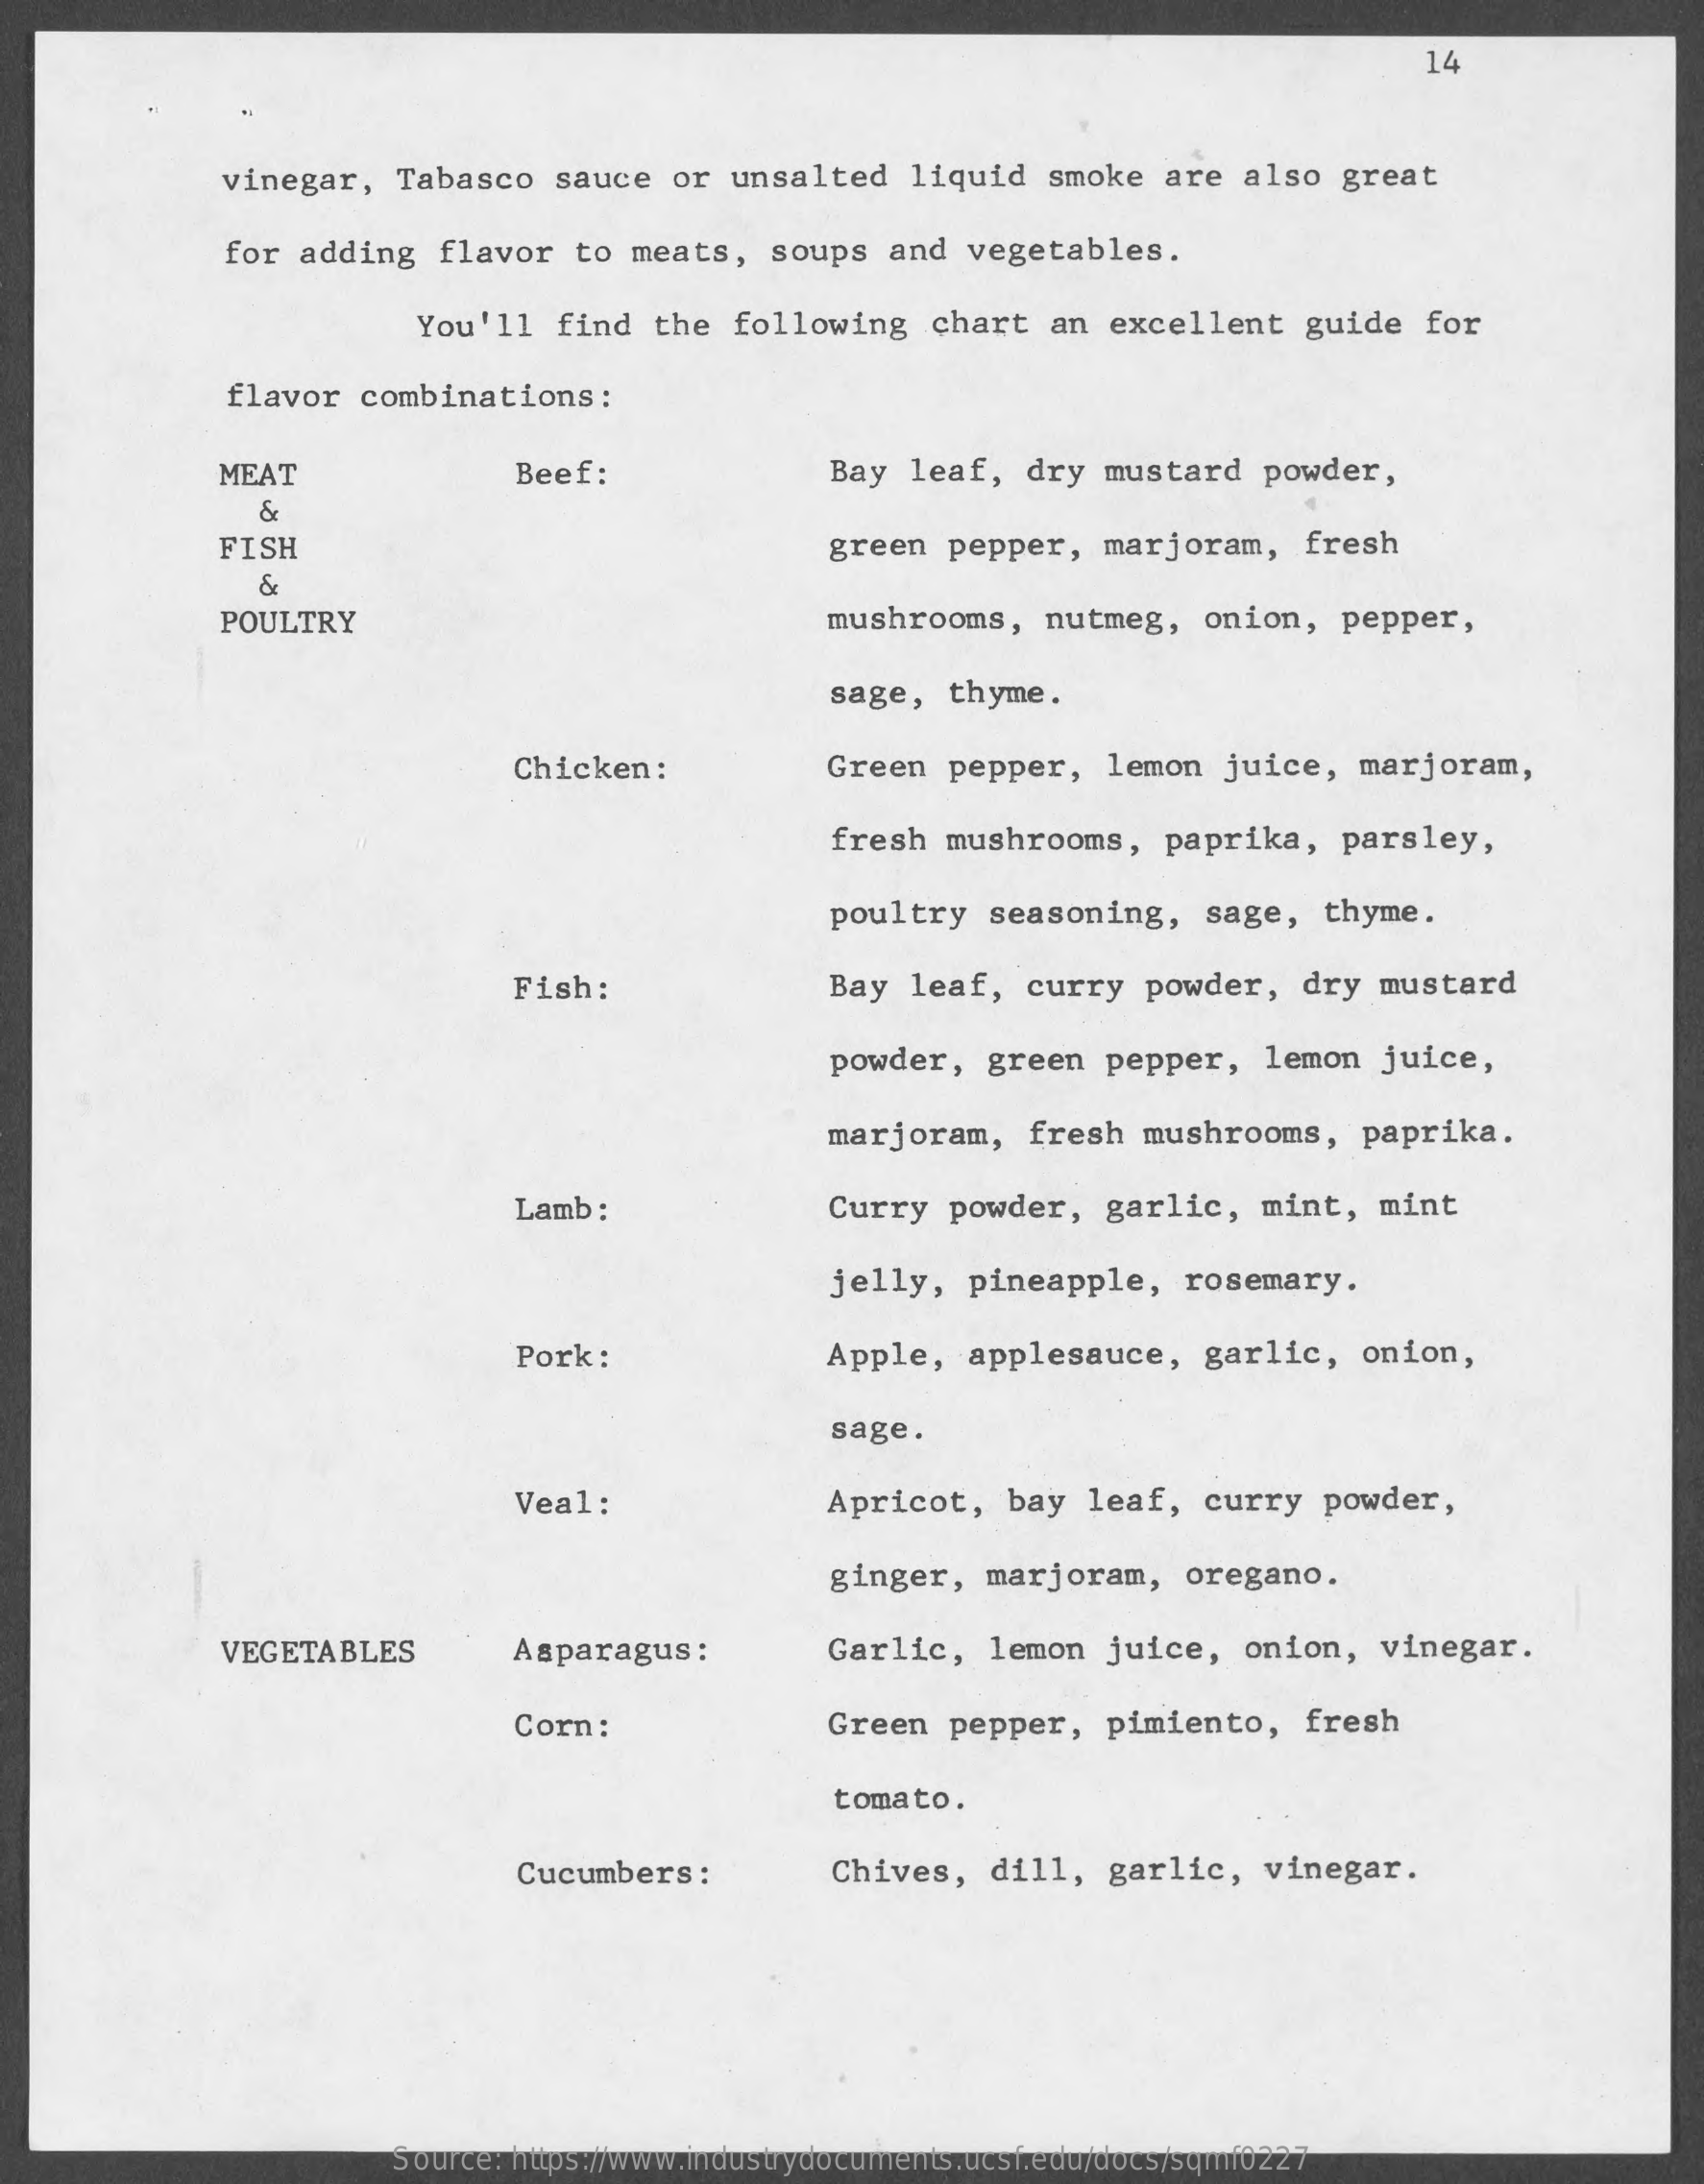
14
     vinegar,    Tabasco   sauce  or  unsalted    liquid   smoke  are  also  great
     for adding   flavor   to meats,    soups  and  vegetables.
     You'll   find  the  following    chart   an excellent    guide   for
     flavor  combinations    :
     MEAT    Beef:    Bay leaf,   dry  mustard   powder,
     &
     FISH    green   pepper,   marjoram,    fresh
     &
     POULTRY    mushrooms,    nutmeg,    onion,  pepper,
     sage,  thyme.
     Chicken:    Green   pepper,   lemon   juice,   marjoram,
     fresh  mushrooms,    paprika,   parsley,
     poultry  seasoning,    sage,  thyme.
     Fish:    Bay leaf,   curry   powder,   dry  mustard
     powder,  green   pepper,   lemon   juice,
     marjoram,    fresh   mushrooms,    paprika.
     Lamb  :    Curry   powder,   garlic,   mint,   mint
     jelly,  pineapple,    rosemary.
     Pork:    Apple,   applesauce,    garlic,   onion,
     sage.
     Veal:    Apricot,    bay  leaf,  curry   powder,
     ginger,  marjoram,    oregano.
     VEGETABLES    Asparagus  :    Garlic,    lemon  juice,   onion,   vinegar.
     Corn:    Green  pepper,   pimiento,    fresh
     tomato.
     Cucumbers  :    Chives,   dill,  garlic,   vinegar.
     Source: https://www.industrydocuments.ucsf.edu/docs/sqmf0227